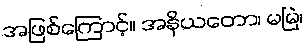
အဖြစ်ကြောင့်။ အနိယတော၊ မမြဲ၊